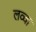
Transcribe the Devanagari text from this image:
लव्वा